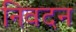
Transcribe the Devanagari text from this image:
निवदन